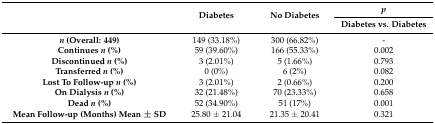
<table><thead><tr><td rowspan="2"></td><td rowspan="2"><b>Diabetes</b></td><td rowspan="2"><b>No Diabetes</b></td><td><b><i>p</i></b></td></tr><tr><td><b>Diabetes vs. Diabetes</b></td></tr></thead><tbody><tr><td><b><i>n</i> (Overall: 449)</b></td><td>149 (33.18%)</td><td>300 (66.82%)</td><td>-</td></tr><tr><td><b>Continues <i>n</i> (%)</b></td><td>59 (39.60%)</td><td>166 (55.33%)</td><td>0.002</td></tr><tr><td><b>Discontinued <i>n</i> (%)</b></td><td>3 (2.01%)</td><td>5 (1.66%)</td><td>0.793</td></tr><tr><td><b>Transferred <i>n</i> (%)</b></td><td>0 (0%)</td><td>6 (2%)</td><td>0.082</td></tr><tr><td><b>Lost To Follow-up <i>n</i> (%)</b></td><td>3 (2.01%)</td><td>2 (0.66%)</td><td>0.200</td></tr><tr><td><b>On Dialysis <i>n</i> (%)</b></td><td>32 (21.48%)</td><td>70 (23.33%)</td><td>0.658</td></tr><tr><td><b>Dead <i>n</i> (%)</b></td><td>52 (34.90%)</td><td>51 (17%)</td><td>0.001</td></tr><tr><td><b>Mean Follow-up (Months) Mean ± SD</b></td><td>25.80 ± 21.04</td><td>21.35 ± 20.41</td><td>0.321</td></tr></tbody></table>